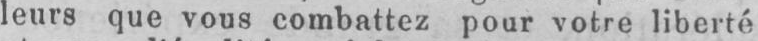
leurs que vous combattez pour votre liberté